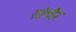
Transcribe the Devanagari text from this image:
सांचौर